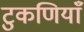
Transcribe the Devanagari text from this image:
टुकणियाँ